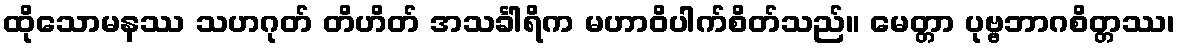
ထိုသောမနဿ သဟဂုတ် တိဟိတ် အသင်္ခါရိက မဟာဝိပါက်စိတ်သည်။ မေတ္တာ ပုဗ္ဗဘာဂစိတ္တဿ၊